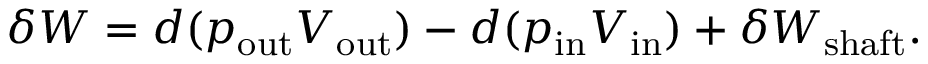
\delta W = d ( p _ { \mathrm { o u t } } V _ { \mathrm { o u t } } ) - d ( p _ { \mathrm { i n } } V _ { \mathrm { i n } } ) + \delta W _ { \mathrm { s h a f t } } .